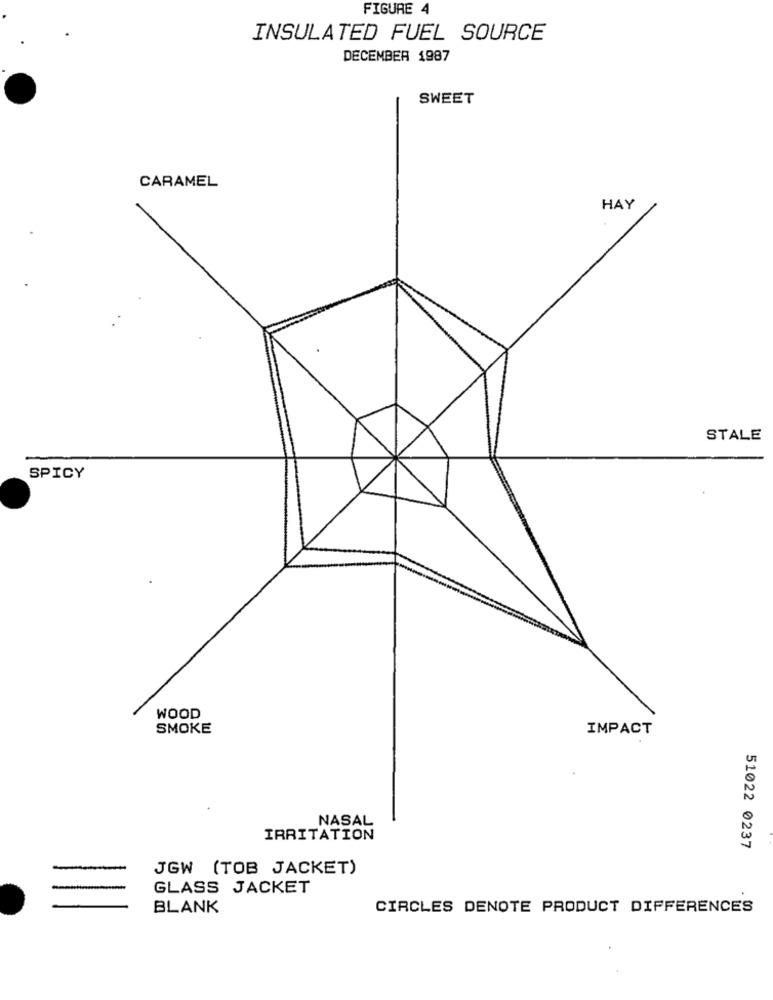
FIGURE 4
INSULATED FUEL SOURCE
DECEMBER 1987
SWEET
CARAMEL
HAY
STALE
SPICY
WOOD
SMOKE
IMPACT
NASAL
IRRITATION
51022 0237
JGW (TOB JACKET)
GLASS JACKET
BLANK
CIRCLES DENOTE PRODUCT DIFFERENCES